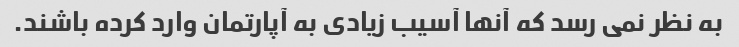
به نظر نمی رسد که آنها آسیب زیادی به آپارتمان وارد کرده باشند.